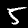
Digit: 5